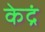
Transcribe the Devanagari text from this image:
केद्रं